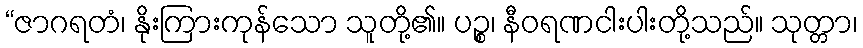
“ဇာဂရတံ၊ နိုးကြားကုန်သော သူတို့၏။ ပဉ္စ၊ နီဝရဏငါးပါးတို့သည်။ သုတ္တာ၊